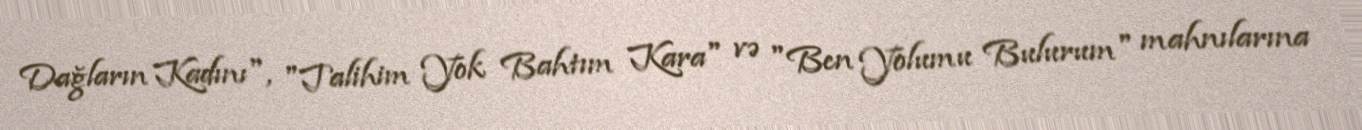
Dağların Kadını", "Talihim Yok Bahtım Kara" və "Ben Yolumu Bulurum" mahnılarına